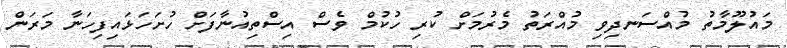
މައުލޫމާތު މުއްސަނދިވި މުއްރަތު މެރުމަށް ކުރި ހުކުމް ވެސް އިސްތިއުނާފަށް ހުށަހަޅައިފިހަނާ މަރަން